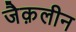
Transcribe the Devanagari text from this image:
जैक़लीन